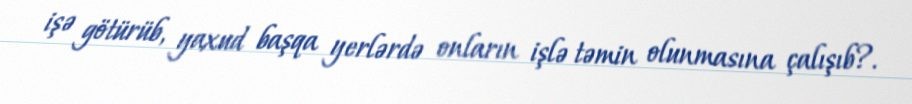
işə götürüb, yaxud başqa yerlərdə onların işlə təmin olunmasına çalışıb?.